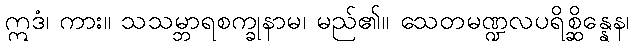
ဣဒံ၊ ကား။ သသမ္ဘာရစက္ခုနာမ၊ မည်၏။ သေတမဏ္ဍလပရိစ္ဆိန္နေန၊